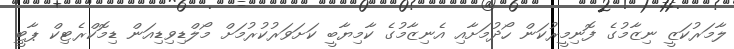
ލާމަރުކަޒީ ނިޒާމުގެ ފޮނިމީރުކަން ހޯދުމަށާއި އެނިޒާމުގެ ކާމިޔާބީ ކަށަވަރުކުރުމަށް މޯލްޑިވިޑިއަން ޑިމޮކްރެޓިކް ޕާޓީ